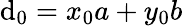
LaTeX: \mathrm{d}_{0}=x_{0}a+y_{0}b